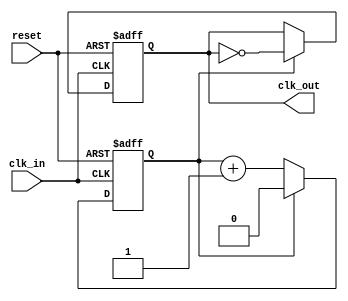
module clock_divider #(
    parameter DIV_FACTOR = 2  // Division factor, must be a positive integer
) (
    input wire clk_in,         // Input clock signal
    input wire reset,          // Asynchronous active-high reset signal
    output reg clk_out         // Divided clock output signal
);

    // Internal counter
    reg [$clog2(DIV_FACTOR)-1:0] counter; // Counter width based on DIV_FACTOR

    // Always block for clock division
    always @(posedge clk_in or posedge reset) begin
        if (reset) begin
            counter <= 0;      // Reset counter
            clk_out <= 0;      // Reset output clock
        end else begin
            if (counter == DIV_FACTOR - 1) begin
                clk_out <= ~clk_out; // Toggle output clock
                counter <= 0;         // Reset counter
            end else begin
                counter <= counter + 1; // Increment counter
            end
        end
    end

endmodule